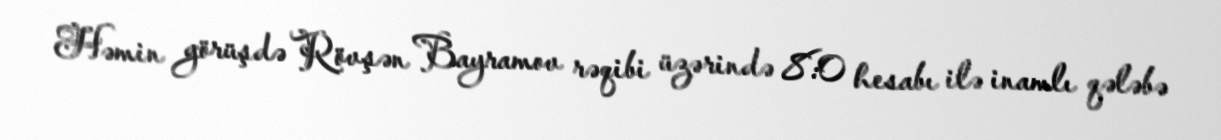
Həmin görüşdə Rövşən Bayramov rəqibi üzərində 8:0 hesabı ilə inamlı qələbə